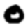
Digit: 0